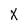
Character: X